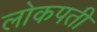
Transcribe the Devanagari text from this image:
लोकपती